Report of the Bombay Plague Committee
Disease focus: Plague
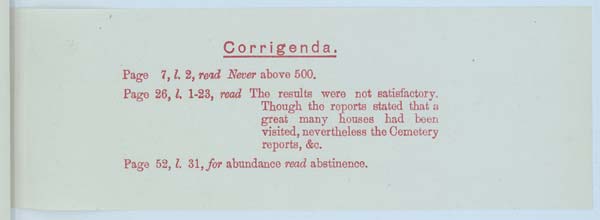
Corrigenda.
Page 7, l. 2, read Never above 500.
Page 26, l. 1-23, read The results were not satisfactory.
Though the reports stated that a
great many houses had been
visited, nevertheless the Cemetery
reports, &c.
Page 52, l. 31, for abundance read abstinence.